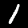
Label: 1